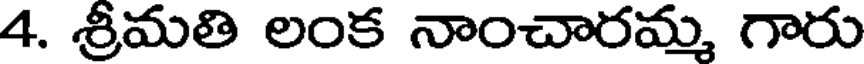
4. శ్రీమతి లంక నాంచారమ్మ గారు